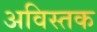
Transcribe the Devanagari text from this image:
अविस्तक